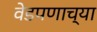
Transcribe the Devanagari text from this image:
वेडपणाच्या